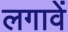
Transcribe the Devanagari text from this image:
लगावें